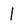
Character: 1